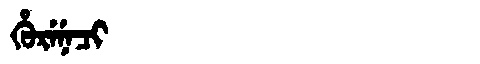
Manchu: ᡥᡠᡵᡝᠨᡝᠴᡳ
Romanization: HURENECI